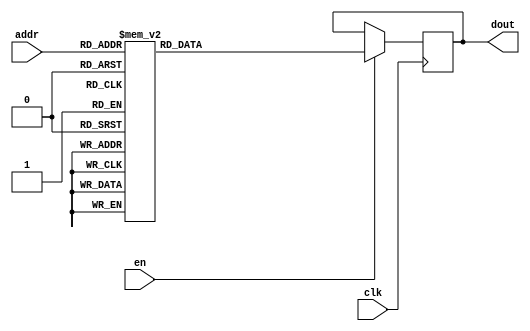
`timescale 1ns / 1ps
/*
Copyright
All right reserved.
Module Name: rom_syn
Author  : Zichuan Liu, Yixing Li and Wenye Liu.
Description:
A synthesized ROM: ROM_DEP x ROM_WID
*/
module EC_1_REF_ROM_0(
// inputs
clk,
en,
addr,
// outputs
dout
);
localparam ROM_WID = 12;
localparam ROM_DEP = 32;
localparam ROM_ADDR = 5;
// input definition
input clk;
input en;
input [ROM_ADDR-1:0] addr;
// output definition
output [ROM_WID-1:0] dout;
reg [ROM_WID-1:0] data;
always @(posedge clk)
begin
if (en) begin
case(addr)
		5'd0: data <= 12'b010001110111;
		5'd1: data <= 12'b010011100100;
		5'd2: data <= 12'b010010000111;
		5'd3: data <= 12'b010011010111;
		5'd4: data <= 12'b010001011111;
		5'd5: data <= 12'b010011010101;
		5'd6: data <= 12'b010011001000;
		5'd7: data <= 12'b001111100000;
		5'd8: data <= 12'b010011010101;
		5'd9: data <= 12'b010011000010;
		5'd10: data <= 12'b010011010001;
		5'd11: data <= 12'b010011010111;
		5'd12: data <= 12'b010000010111;
		5'd13: data <= 12'b010001111110;
		5'd14: data <= 12'b010011010100;
		5'd15: data <= 12'b010011101101;
		5'd16: data <= 12'b010001101010;
		5'd17: data <= 12'b010011100011;
		5'd18: data <= 12'b010001111100;
		5'd19: data <= 12'b010000100100;
		5'd20: data <= 12'b010000000100;
		5'd21: data <= 12'b010100100101;
		5'd22: data <= 12'b010011010101;
		5'd23: data <= 12'b001110011001;
		5'd24: data <= 12'b010011010011;
		5'd25: data <= 12'b010010100000;
		5'd26: data <= 12'b010011101110;
		5'd27: data <= 12'b010010110010;
		5'd28: data <= 12'b010000000101;
		5'd29: data <= 12'b010010101100;
		5'd30: data <= 12'b010011101001;
		5'd31: data <= 12'b010001110101;
		endcase
		end
	end
	assign dout = data;
endmodule